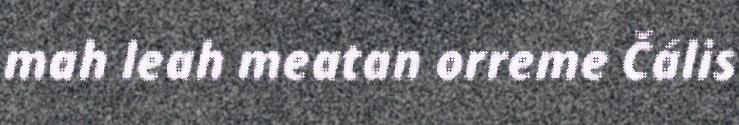
mah leah meatan orreme Čális